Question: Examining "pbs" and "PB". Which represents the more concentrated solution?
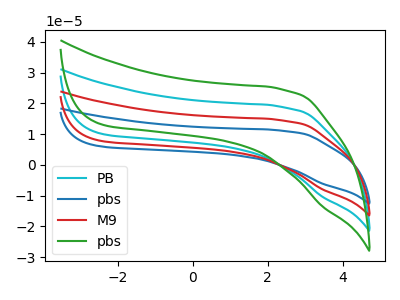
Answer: <think>The cyan curve "PB" has no peaks. The blue curve "pbs" has no peaks. The red curve "M9" has no peaks. The green curve "pbs" has no peaks.
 Neither "pbs" or "PB" have any peaks.</think>
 <answer>I cant tell if "pbs" or "PB" has higher concentration.</answer>
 <eval>mixed_concentration</eval>